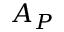
A _ { P }